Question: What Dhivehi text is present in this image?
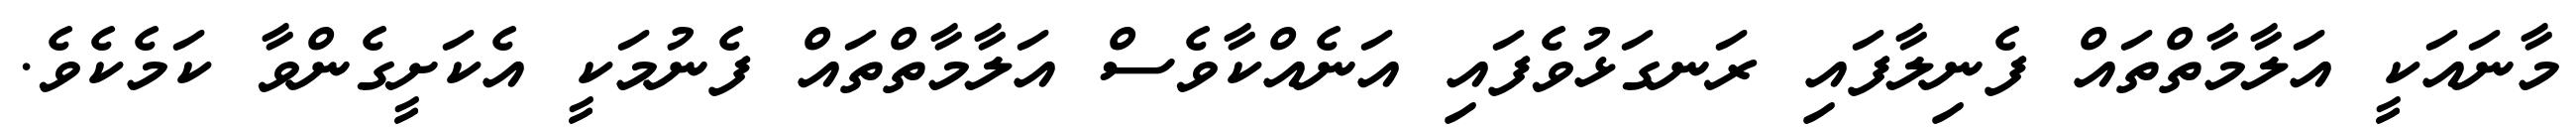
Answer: މާނައަކީ އަލާމާތްތައް ފެނިލާފައި ރަނގަޅުވެފައި އަނެއްކާވެސް އަލާމާތްތައް ފެނުމަކީ އެކަށީގެންވާ ކަމެކެވެ.